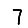
Digit: 7